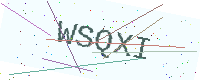
Text: WSQXI